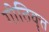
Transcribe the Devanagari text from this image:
गीतिवृत्त